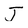
Character: J